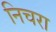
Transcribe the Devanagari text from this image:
निचरा